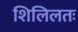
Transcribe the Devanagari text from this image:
शिलिलतः